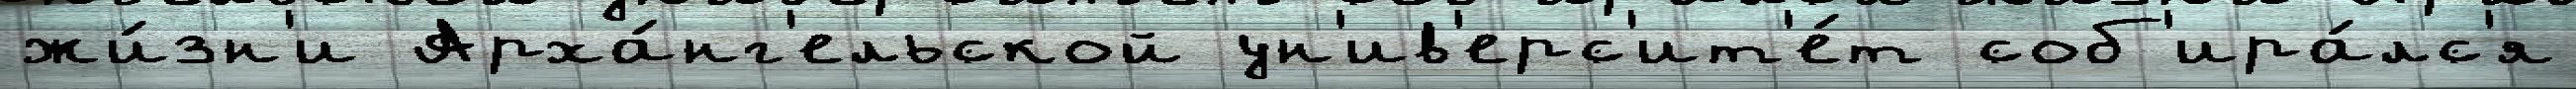
жи́зн'и Арха́нг'ельской ун'ив'ерс'ит'е́т соб'ира́лс'я